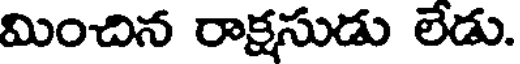
మించిన రాక్షసుడు లేడు.